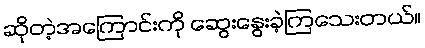
ဆိုတဲ့အကြောင်းကို ဆွေးနွေးခဲ့ကြသေးတယ်။